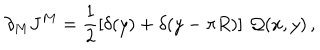
\partial _ { M } J ^ { M } = \frac { 1 } { 2 } \left[ \delta ( y ) + \delta ( y - \pi R ) \right] \, { \cal Q } ( x , y ) \, ,